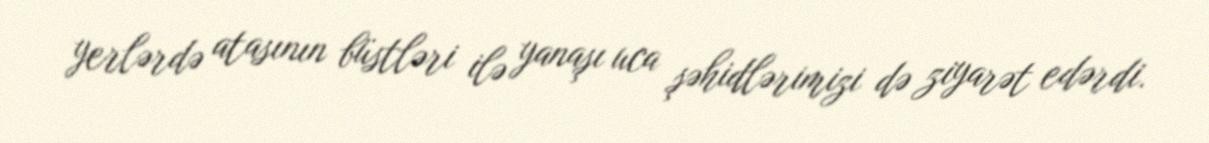
yerlərdə atasının büstləri ilə yanaşı uca şəhidlərimizi də ziyarət edərdi.